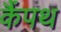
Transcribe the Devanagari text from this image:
कैंपथ